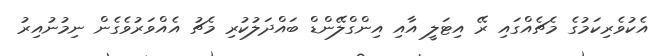
އެކުވެރިކަމުގެ މެޗެއްގައި ރޭ އިޓަލީ އާއި އިންގްލޭންޑް ބައްދަލުކުރި މެޗު އެއްވަރުވެގެން ނިމުނުއިރު